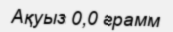
Ақуыз 0,0 грамм